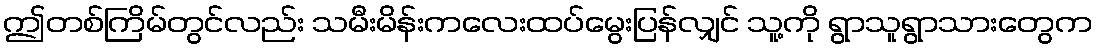
ဤတစ်ကြိမ်တွင်လည်း သမီးမိန်းကလေးထပ်မွေးပြန်လျှင် သူ့ကို ရွာသူရွာသားတွေက